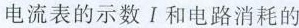
电流表的示数Ⅰ和电路消耗的